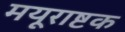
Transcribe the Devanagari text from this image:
मयूराष्टक